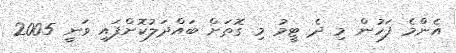
އެންމެ ފަހުން މި ދެ ޓީމު މި ގޮތަށް ބައްދަލުކޮށްފައި ވަނީ 2005